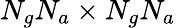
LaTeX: N_{g}N_{a}\times N_{g}N_{a}